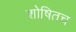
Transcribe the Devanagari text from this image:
शोषितच